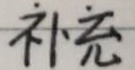
补充